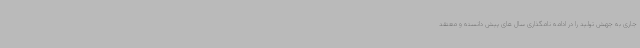
جاری به جهش تولید را در ادامه نامگذاری سال های پیش دانسته و معتقد